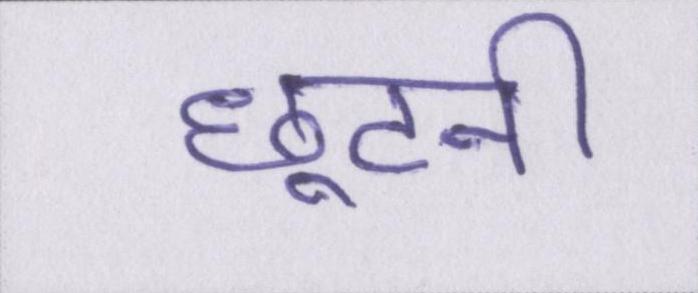
छूटनी